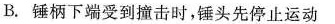
B.锤柄下端受到撞击时，锤头先停止运动